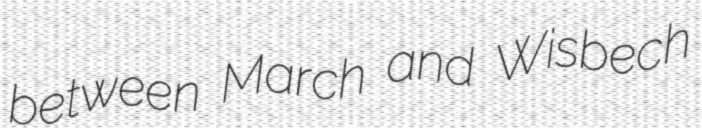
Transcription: between March and Wisbech